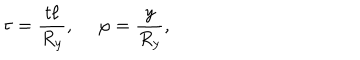
LaTeX: \tau = { \frac { t \ell } { R _ { y } } } , ~ ~ \varphi = { \frac { y } { R _ { y } } } ,